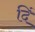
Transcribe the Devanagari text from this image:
दिं